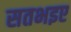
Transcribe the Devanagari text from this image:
सतभइए